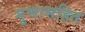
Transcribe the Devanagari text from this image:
गुणासहित